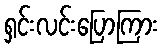
ရှင်းလင်းပြောကြား